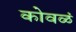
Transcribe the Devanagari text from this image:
कोवळं